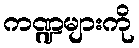
ကဏ္ဍများကို